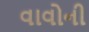
વાવોની